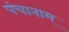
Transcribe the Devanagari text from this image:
पंचानाम्